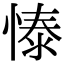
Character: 㥭